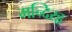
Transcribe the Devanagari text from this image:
मन्दिरहृ